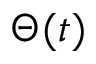
\Theta ( t )